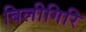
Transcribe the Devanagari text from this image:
बिलीगिरि